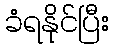
ခံရနိုင်ပြီး